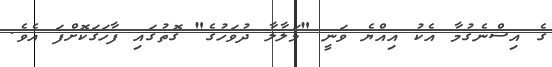
ގެ އިސްނެގުމާ އެކު އިއްޔެ ވަނީ "މަލާލާ ދުވަހުގެ" ގޮތުގައި ފާހަގަކޮށްފަ އެވެ.